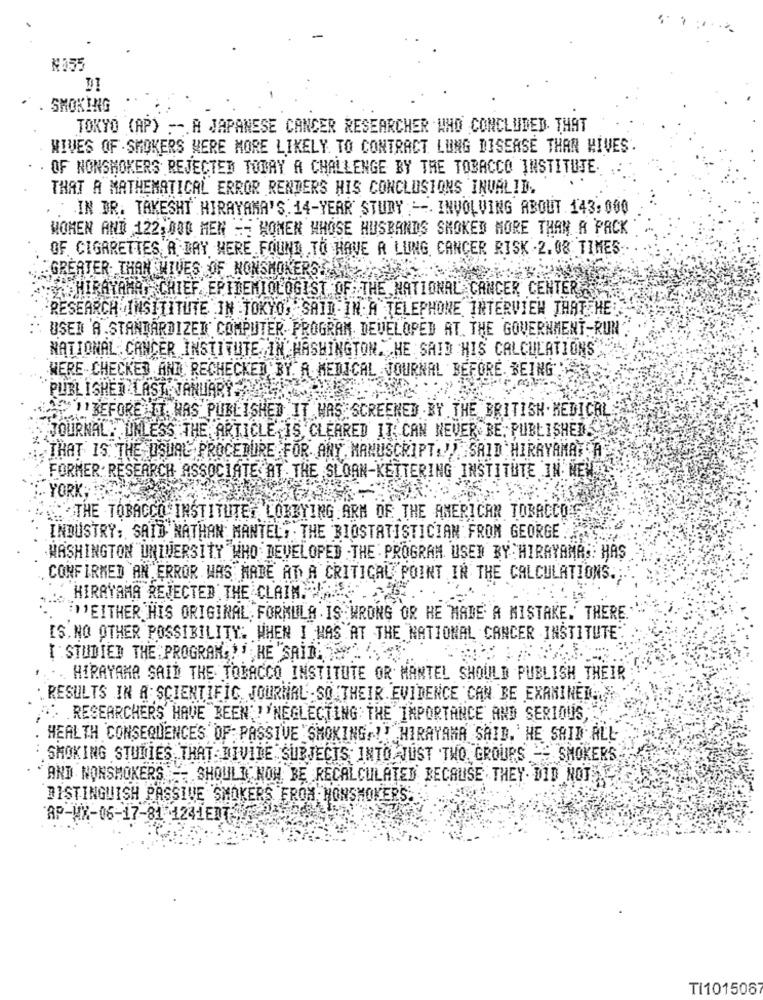
N055
DI
`. SMOKING
TOKYO (AP) --. A JAPANESE CANCER RESEARCHER WHO CONCLUDED THAT
WIVES OF . SMOKERS WERE MORE LIKELY TO CONTRACT LUNG DISEASE THAN HIVES.
OF NONSHOKERS REJECTED TODAY A CHALLENGE BY THE TOBACCO INSTITUJE.
THAT A MATHEMATICAL ERROR RENDERS HIS CONCLUSIONS INVALID.
IN DR. TAKESHI HIRAYAMA'S 14-YEAR STUDY --. INVOLVING ABOUT 143:000
WOMEN AND 122,000 MEN E- HOMEN WHOSE HUSBANDS SMOKED MORE THAN A PACK
OF CIGARETTES A DAY WERE FOUND TO HAVE A LUNG CANCER RISK 2.08 TIMES
GREATER THAN WIVES OF NONSMOKERS
SHIRAYAMA, CHIEF EPIDEMIOLOGIST OF THE NATIONAL CANCER CENTER
RESEARCH INSITITUTE IN TOKYO, SAID IN A TELEPHONE INTERVIEW THAT HE
USER 'A.STANDARDIZED COMPUTER PROGRAM DEVELOPED AT THE GOVERNMENT-RUN
NATIONAL CANCER INSTITUTE IN WASHINGTON. HE SAID HIS CALCULATIONS
WERE CHECKED AND RECHECKED BY. A MEDICAL JOURNAL BEFORE BEING
PUBLISHED LAST. JANUARY
ADDBEFORE IT HAS PUBLISHED IT WAS SCREENED BY THE BRITISH MEDICAL
JOURNAL: UNLESS THE ARTICLE,15, CLEARED IT CAN NEVER BE, PUBLISHED
THAT IS THE USUAL PROCEDURE FOR ANY MANUSCRIPT."" SAID HIRRYAMAYT
FORMER: RESEARCH ASSOCIATE AT THE SLOAN-KETTERING INSTITUTE IN NEW
YORK;
THE TOBACCO INSTITUTE, LOBBYING ARM OF THE AMERICAN TOBACCO
INDUSTRY: SAID NATHAN MANTEL, THE BIOSTATISTICIAN FROM GEORGE.
WASHINGTON UNIVERSITY WHO DEVELOPED THE PROGRAM USED BY HIRAYAMRS: HAS
CONFIRMED AN ERROR WAS MADE AT A CRITICAL POINT IN THE CALCULATIONS .:
HIRAYAMA REJECTED THE CLAIM. ....
"""EITHER HIS ORIGINAL FORMULA IS WRONG OR HE MADE A MISTAKE. THERE
IS. NO OTHER POSSIBILITY: WHEN I WAS AT THE NATIONAL CANCER INSTITUTE"
[ :STUDIED THE PROGRAM,"" HE "SAIDA .
HIRAYAMA SAID THE TOBACCO INSTITUTE OR MANTEL SHOULD PUBLISH THEIR
.RESULTS IN A SCIENTIFIC JOURNAL. SO THEIR EVIDENCE CAN BE EXAMINED.
" RESEARCHERS HAVE BEEN, ' 'NEGLECTING THE IMPORTANCE AND SERIOUS,
HEALTH CONSEQUENCES OF: PASSIVE SMOKING ,!! HIRAYAMA SAID. HE SAID ALL
SMOKING STUDIES THAT DIVIDE SUBJECTS INTO JUST TWO GROUPS - SMOKERS
AND NONSMOKERS -- SHOULD NOW BE RECALCULATED BECAUSE THEY DID NOT
DISTINGUISH PASSIVE SMOKERS FROM NONSMOKERS.
AP-WX-06-17-81 1241EN
TI101506